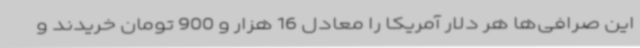
این صرافی‌ها هر دلار آمریکا را معادل 16 هزار و 900 تومان خریدند و